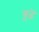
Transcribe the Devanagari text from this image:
बूढॆ